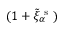
( 1 + \tilde { \xi } _ { \alpha } ^ { \mathrm { ~ s ~ } } )